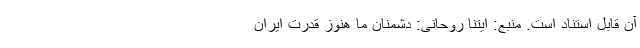
آن قابل استناد است. منبع: ایتنا روحانی: دشمنان ما هنوز قدرت ایران